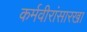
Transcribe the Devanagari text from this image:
कर्मवीरांसारखा